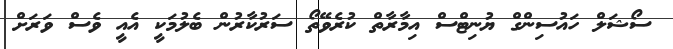
ސޯޝަލް ހައުސިންގް ޔުނިޓްްސް އިމާރާތް ކުރެވޭތޯ ސަރުކާރުން ބެލުމަކީ އެއީ ވެސް ވަރަށް